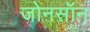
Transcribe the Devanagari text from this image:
जोनसॉन